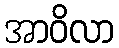
အာဝိလာ